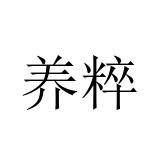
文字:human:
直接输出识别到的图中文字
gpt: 养粹